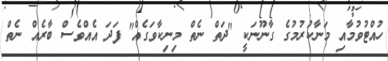
ހުއްޓުވުމާއި މަނާކުރުމުގެ ގާނޫނަކީ "ދަތް ނެތް މިނިކާވަގެއް" ފަދަ އެއްވެސް ބާރެއް ނެތް